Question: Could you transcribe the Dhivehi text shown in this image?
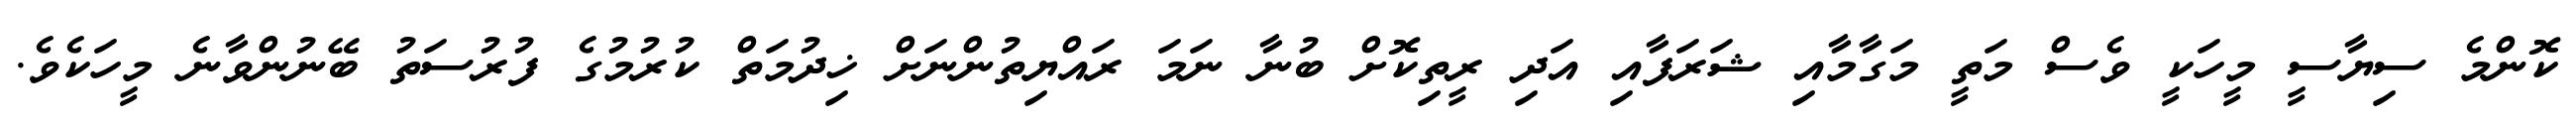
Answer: ކޮންމެ ސިޔާސީ މީހަކީ ވެސް މަތީ މަގާމާއި ޝަރަފާއި އަދި ރީތިކޮށް ބުނާ ނަމަ ރައްޔިތުންނަށް ޚިދުމަތް ކުރުމުގެ ފުރުސަތު ބޭނުންވާނެ މީހަކެވެ.